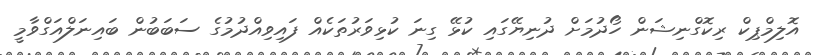
އޮލިމްޕިކް ރިކޮގްނިޝަން ހޯދުމަށް ދުނިޔޭގައި ކުޅޭ ގިނަ ކުޅިވަރުތަކެއް ފައިވިއްދުމުގެ ސަބަބުން ބައިނަލްއަގްވާމީ